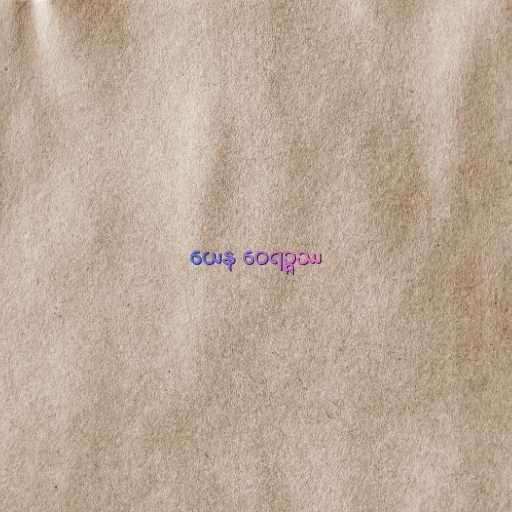
ယေန ဝေရဉ္ဇဿ